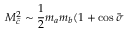
M _ { \tilde { c } } ^ { 2 } \sim \frac { 1 } { 2 } m _ { a } m _ { b } ( 1 + \cos \bar { \sigma }